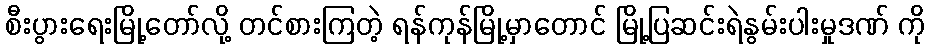
စီးပွားရေးမြို့တော်လို့ တင်စားကြတဲ့ ရန်ကုန်မြို့မှာတောင် မြို့ပြဆင်းရဲနွမ်းပါးမှုဒဏ် ကို